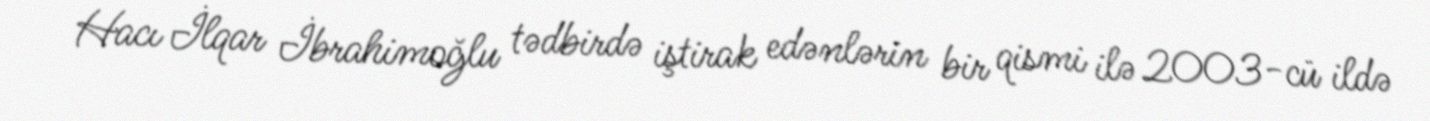
Hacı İlqar İbrahimoğlu tədbirdə iştirak edənlərin bir qismi ilə 2003-cü ildə